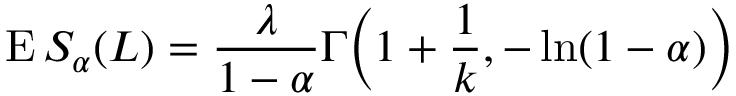
\operatorname { E } S _ { \alpha } ( L ) = { \frac { \lambda } { 1 - \alpha } } \Gamma { \Big ( } 1 + { \frac { 1 } { k } } , - \ln ( 1 - \alpha ) { \Big ) }